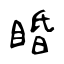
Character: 睧